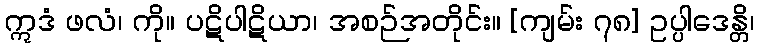
ဣဒံ ဖလံ၊ ကို။ ပဋိပါဋိယာ၊ အစဉ်အတိုင်း။ [ကျမ်း ၇၈] ဥပ္ပါဒေန္တိ၊